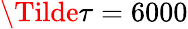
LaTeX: \Tilde{\tau}=6000